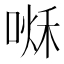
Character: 𠷘